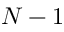
N - 1